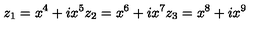
z _ { 1 } = x ^ { 4 } + i x ^ { 5 } z _ { 2 } = x ^ { 6 } + i x ^ { 7 } z _ { 3 } = x ^ { 8 } + i x ^ { 9 }